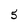
Character: 5